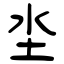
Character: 坔